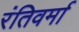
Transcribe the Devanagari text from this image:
रंतिवर्मा